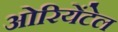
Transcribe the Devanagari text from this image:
ओरियेंटेल